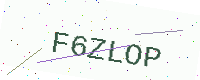
Text: F6ZLOP